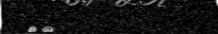
٧٥